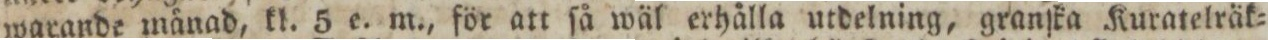
warande månad, kl. 5 e. m., för att ſå wäl erhålla utdelning, granſka Kuratelräk=